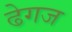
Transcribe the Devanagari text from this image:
ढेगज